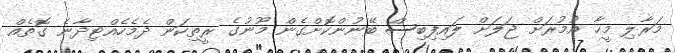
މަރާލި މީހާ އުމުރަށް ޖަލަށް ލައިފިބިސް ބޭނުންކޮށްގެން މޫނުގެ ރީތިކަން ދެމެހެއްޓިދާނެ ގޮތެއް